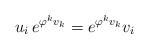
LaTeX: \begin{align*}u_i\,e^{\varphi^kv_k}=e^{\varphi^kv_k}v_i\end{align*}